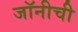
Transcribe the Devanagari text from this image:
जॉनीची